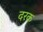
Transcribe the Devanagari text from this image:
दरक